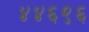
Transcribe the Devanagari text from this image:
४४६९६